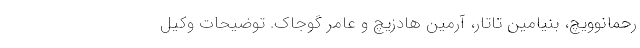
رحمانوویچ، بنیامین تاتار، آرمین هادزیچ و عامر گوجاک. توضیحات وکیل